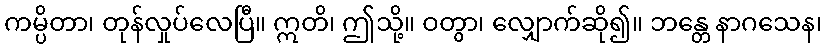
ကမ္ပိတာ၊ တုန်လှုပ်လေပြီ။ ဣတိ၊ ဤသို့။ ဝတွာ၊ လျှောက်ဆို၍။ ဘန္တေ နာဂသေန၊